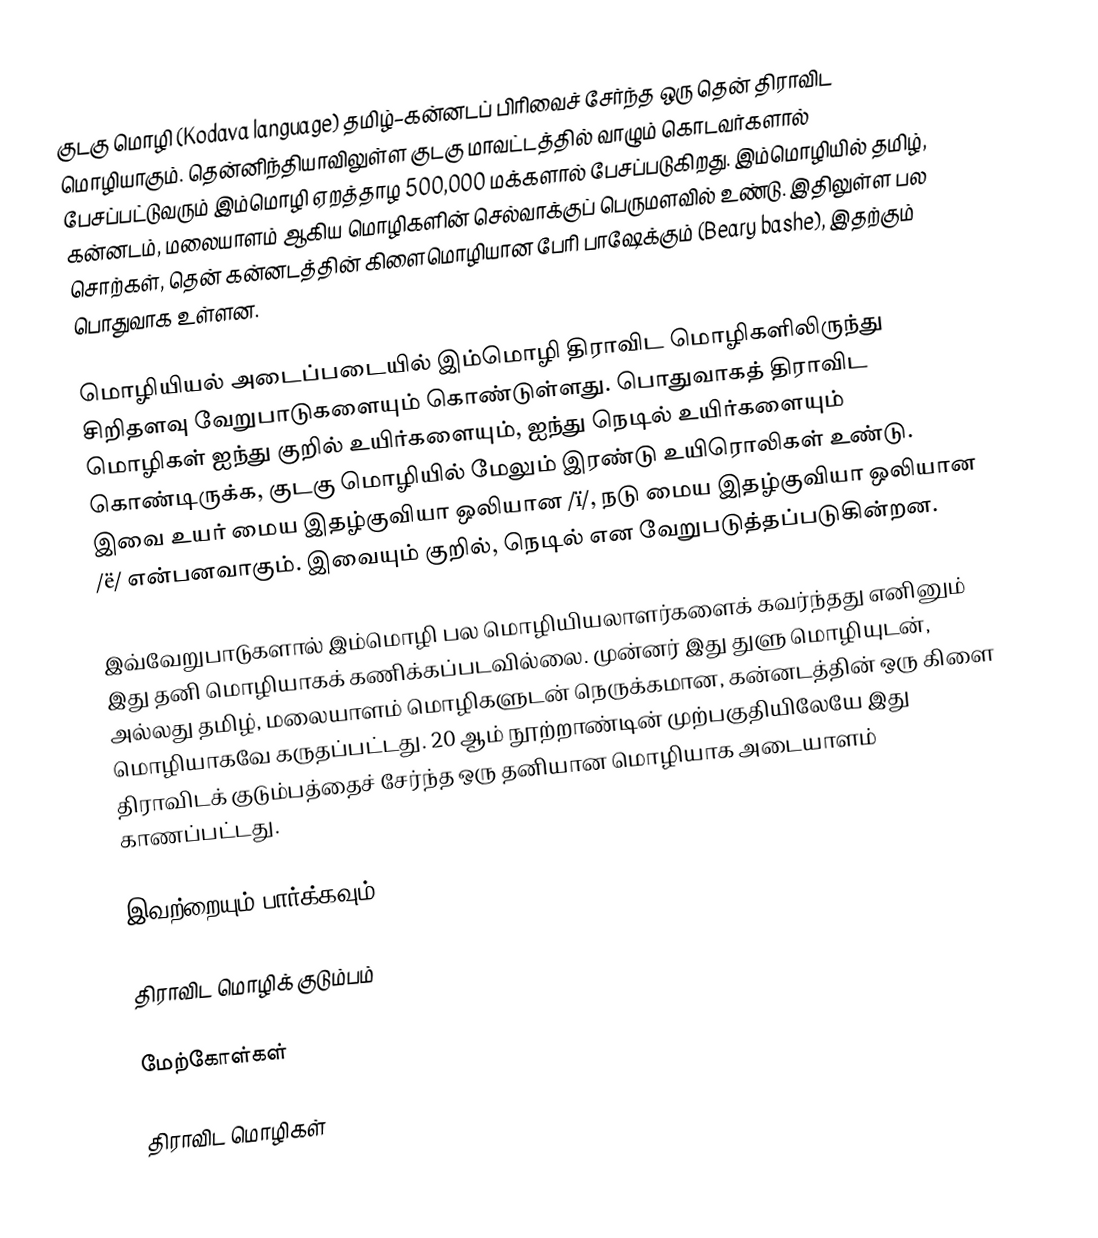
குடகு மொழி (Kodava language) தமிழ்–கன்னடப் பிரிவைச் சேர்ந்த ஒரு தென் திராவிட மொழியாகும். தென்னிந்தியாவிலுள்ள குடகு மாவட்டத்தில் வாழும் கொடவர்களால் பேசப்பட்டுவரும் இம்மொழி ஏறத்தாழ 500,000 மக்களால் பேசப்படுகிறது. இம்மொழியில் தமிழ், கன்னடம், மலையாளம் ஆகிய மொழிகளின் செல்வாக்குப் பெருமளவில் உண்டு. இதிலுள்ள பல சொற்கள், தென் கன்னடத்தின் கிளைமொழியான பேரி பாஷேக்கும் (Beary bashe), இதற்கும் பொதுவாக உள்ளன.

மொழியியல் அடைப்படையில் இம்மொழி திராவிட மொழிகளிலிருந்து சிறிதளவு வேறுபாடுகளையும் கொண்டுள்ளது. பொதுவாகத் திராவிட மொழிகள் ஐந்து குறில் உயிர்களையும், ஐந்து நெடில் உயிர்களையும் கொண்டிருக்க, குடகு மொழியில் மேலும் இரண்டு உயிரொலிகள் உண்டு. இவை உயர் மைய இதழ்குவியா ஒலியான /ï/, நடு மைய இதழ்குவியா ஒலியான /ë/ என்பனவாகும். இவையும் குறில், நெடில் என வேறுபடுத்தப்படுகின்றன.

இவ்வேறுபாடுகளால் இம்மொழி பல மொழியியலாளர்களைக் கவர்ந்தது எனினும் இது தனி மொழியாகக் கணிக்கப்படவில்லை. முன்னர் இது துளு மொழியுடன், அல்லது தமிழ், மலையாளம் மொழிகளுடன் நெருக்கமான, கன்னடத்தின் ஒரு கிளை மொழியாகவே கருதப்பட்டது. 20 ஆம் நூற்றாண்டின் முற்பகுதியிலேயே இது திராவிடக் குடும்பத்தைச் சேர்ந்த ஒரு தனியான மொழியாக அடையாளம் காணப்பட்டது.

இவற்றையும் பார்க்கவும்

 திராவிட மொழிக் குடும்பம்

மேற்கோள்கள்

திராவிட மொழிகள்